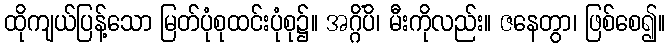
ထိုကျယ်ပြန့်သော မြတ်ပုံစုထင်းပုံစု၌။ အဂ္ဂိံပိ၊ မီးကိုလည်း။ ဇနေတွာ၊ ဖြစ်စေ၍။